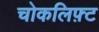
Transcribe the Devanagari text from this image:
चोकलिफ़्ट